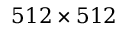
5 1 2 \times 5 1 2